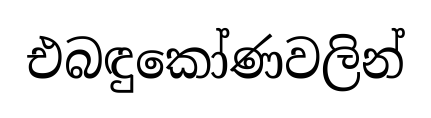
එබඳුකෝණවලින්